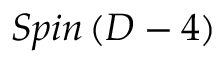
S p i n \left( D - 4 \right)